65_HS1-834228961_62-HQ-83894_Section_2
Agency: FBI
Page 128
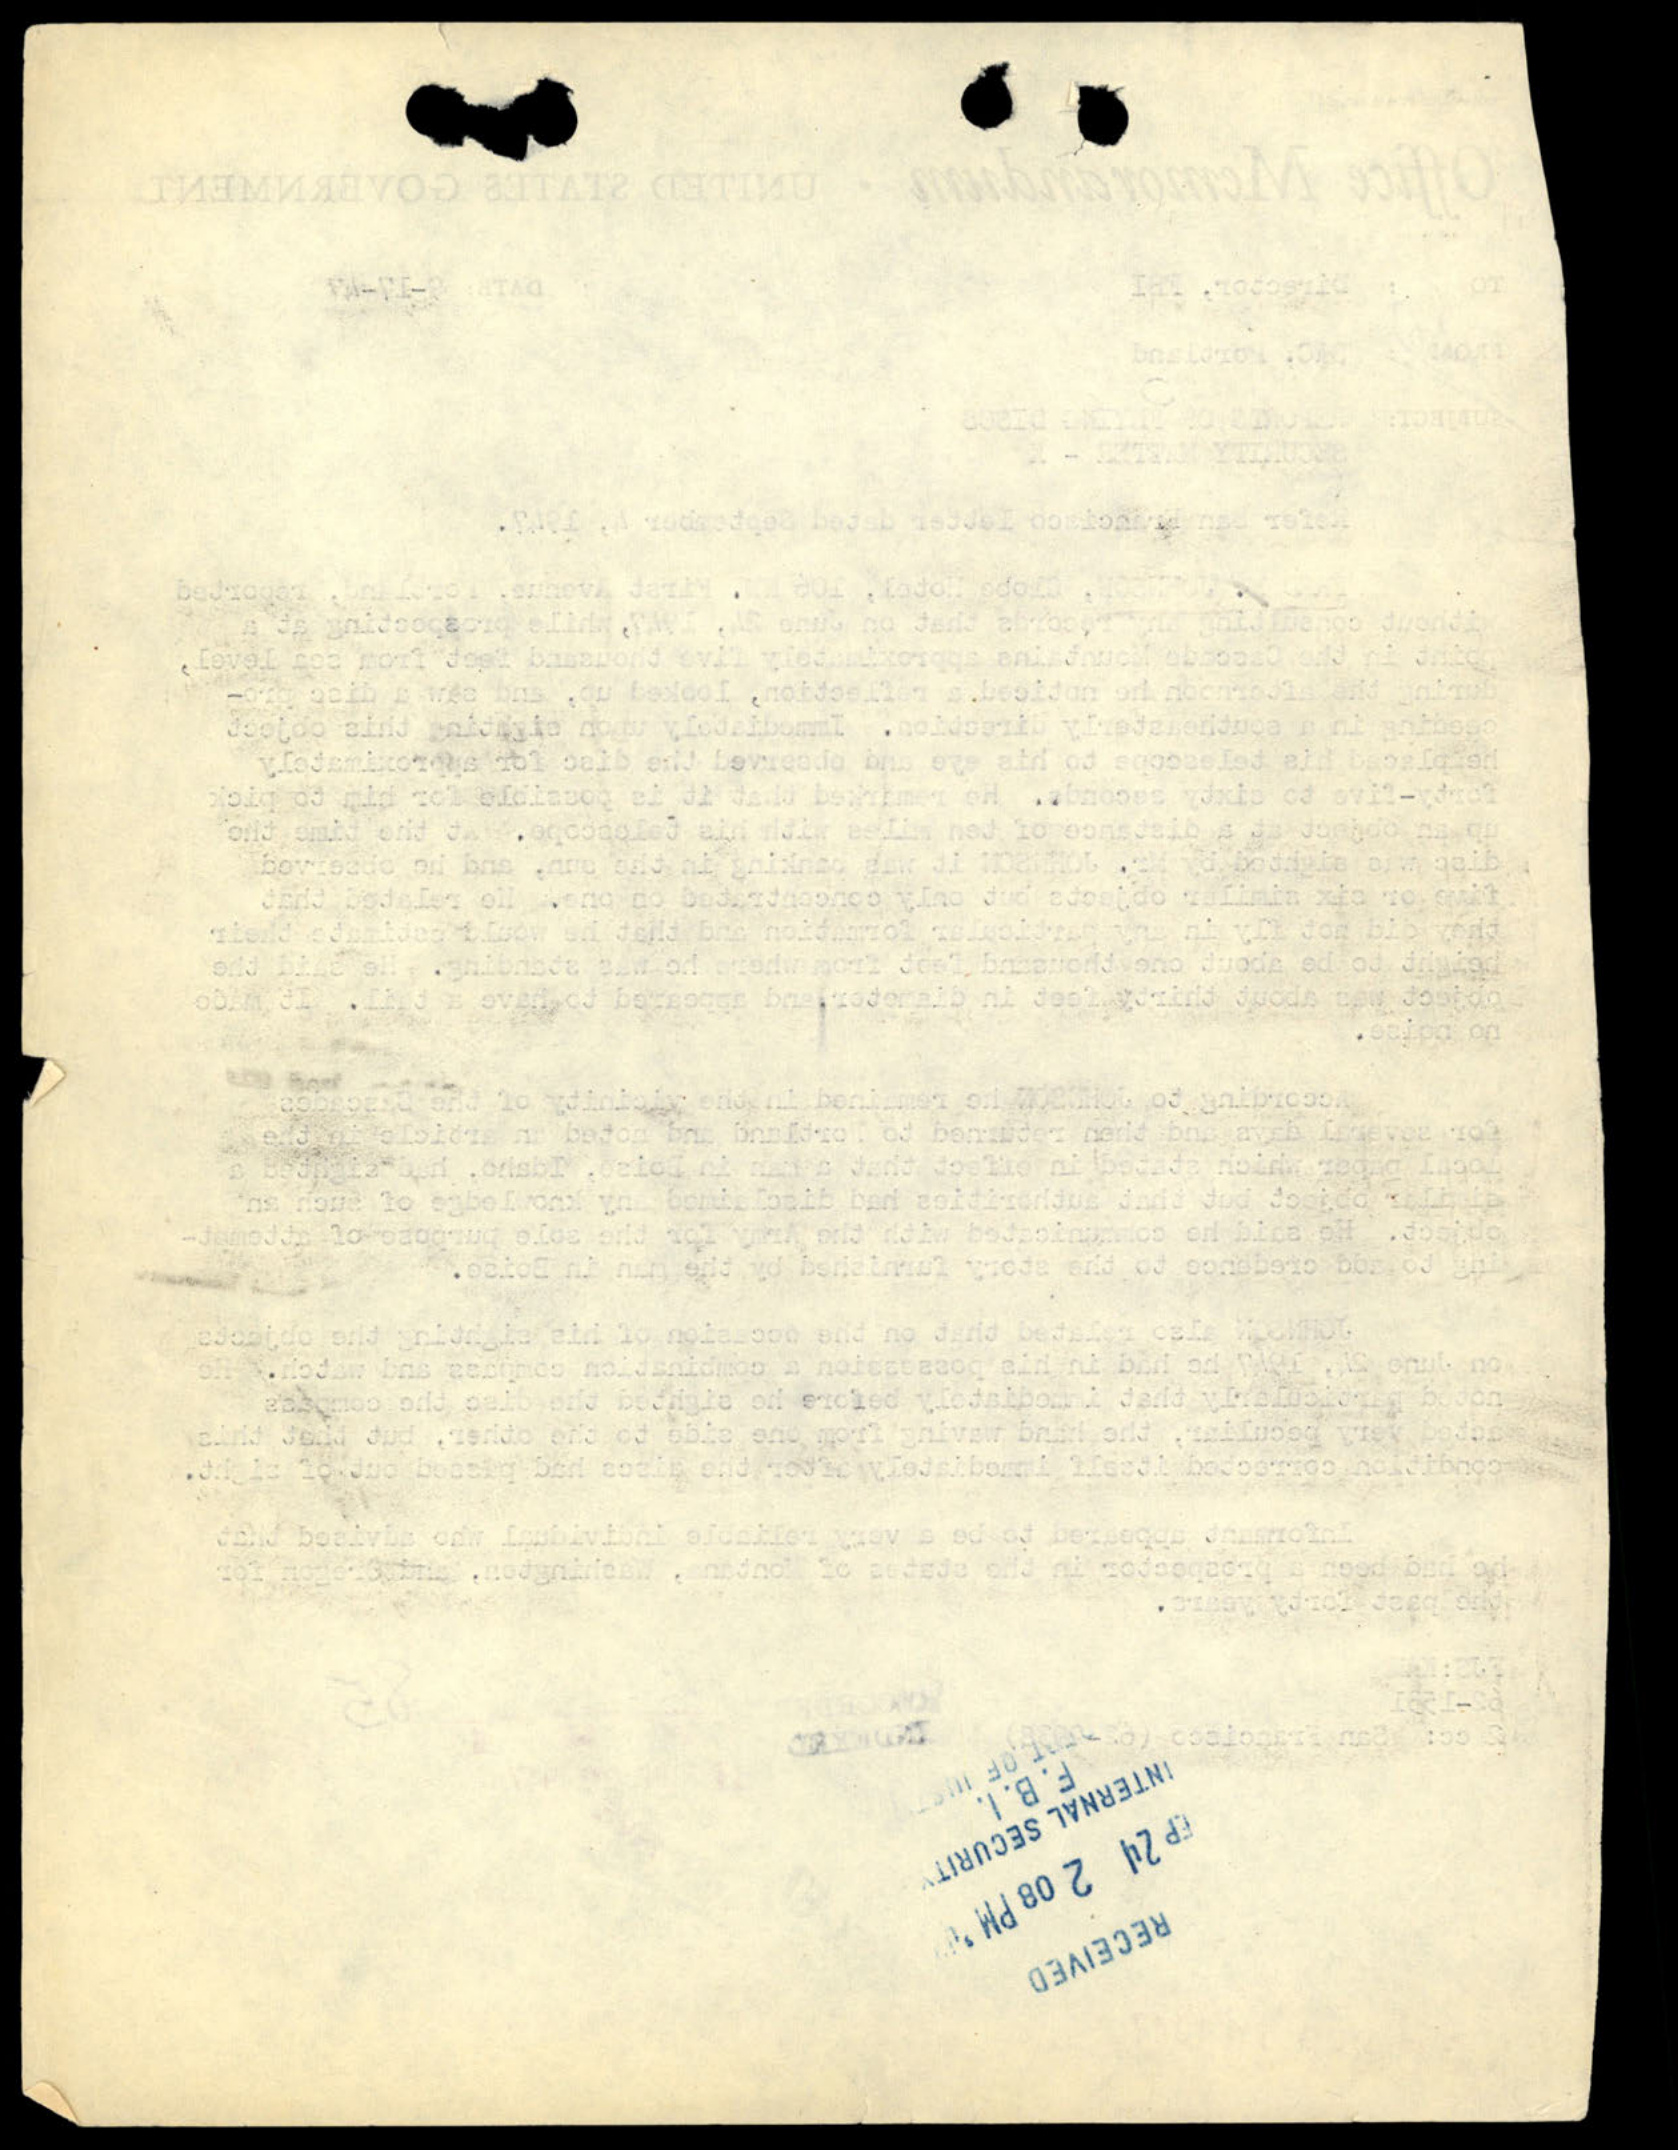